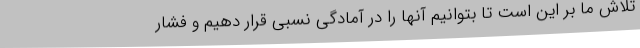
تلاش ما بر این است تا بتوانیم آنها را در آمادگی نسبی قرار دهیم و فشار